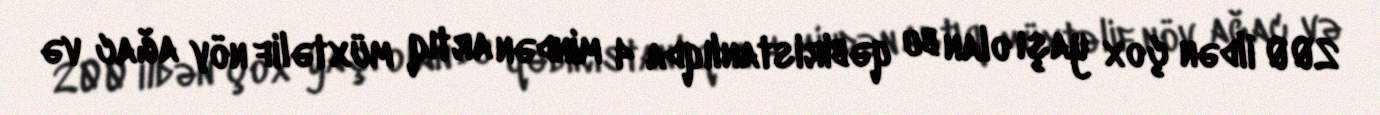
200 ildən çox yaşı olan bu qəbiristanlıqda 4 mindən artıq müxtəlif növ ağac və